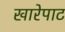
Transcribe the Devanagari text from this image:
खारेपाट